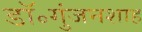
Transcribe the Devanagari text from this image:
डॉ॰गुंजनशाह